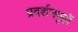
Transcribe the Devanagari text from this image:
प्रदर्शनगृहों